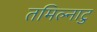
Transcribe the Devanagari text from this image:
तमिल्नाटु